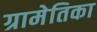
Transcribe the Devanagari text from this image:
ग्रामेतिका